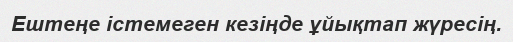
Ештеңе істемеген кезіңде ұйықтап жүресің.